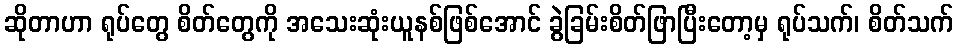
ဆိုတာဟာ ရုပ်တွေ စိတ်တွေကို အသေးဆုံးယူနစ်ဖြစ်အောင် ခွဲခြမ်းစိတ်ဖြာပြီးတော့မှ ရုပ်သက်၊ စိတ်သက်